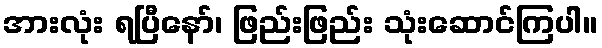
အားလုံး ရပြီနော်၊ ဖြည်းဖြည်း သုံးဆောင်ကြပါ။